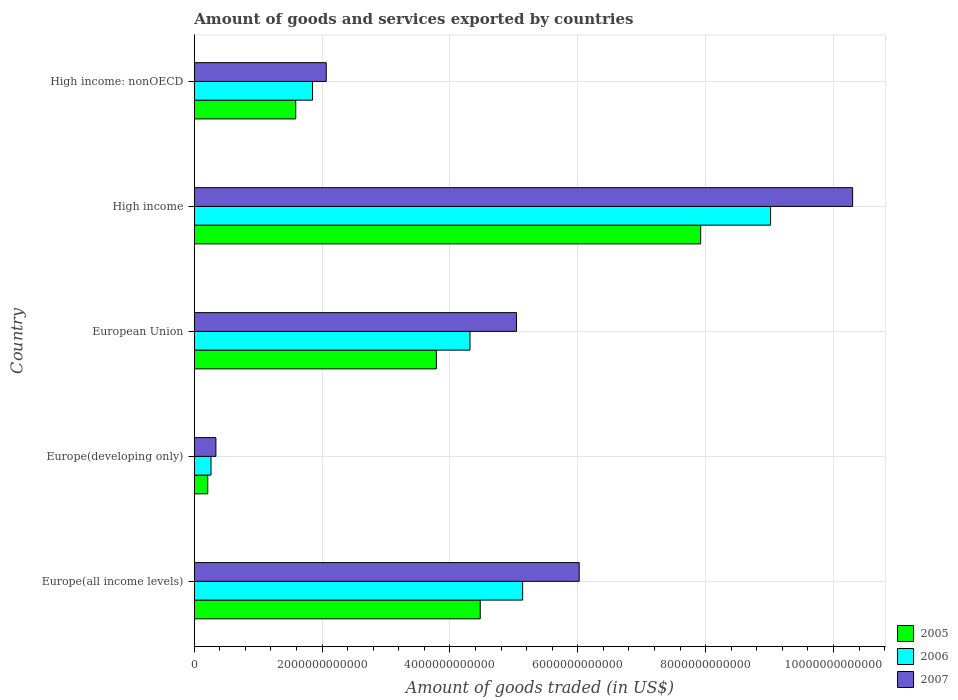
| Country | 2005 | 2006 | 2007 |
 | --- | --- | --- | --- |
 | Europe(all income levels) | 4.47e+12 | 5.14e+12 | 6.02e+12 |
 | Europe(developing only) | 2.11e+11 | 2.62e+11 | 3.39e+11 |
 | European Union | 3.79e+12 | 4.31e+12 | 5.04e+12 |
 | High income | 7.92e+12 | 9.02e+12 | 1.03e+13 |
 | High income: nonOECD | 1.59e+12 | 1.85e+12 | 2.06e+12 |